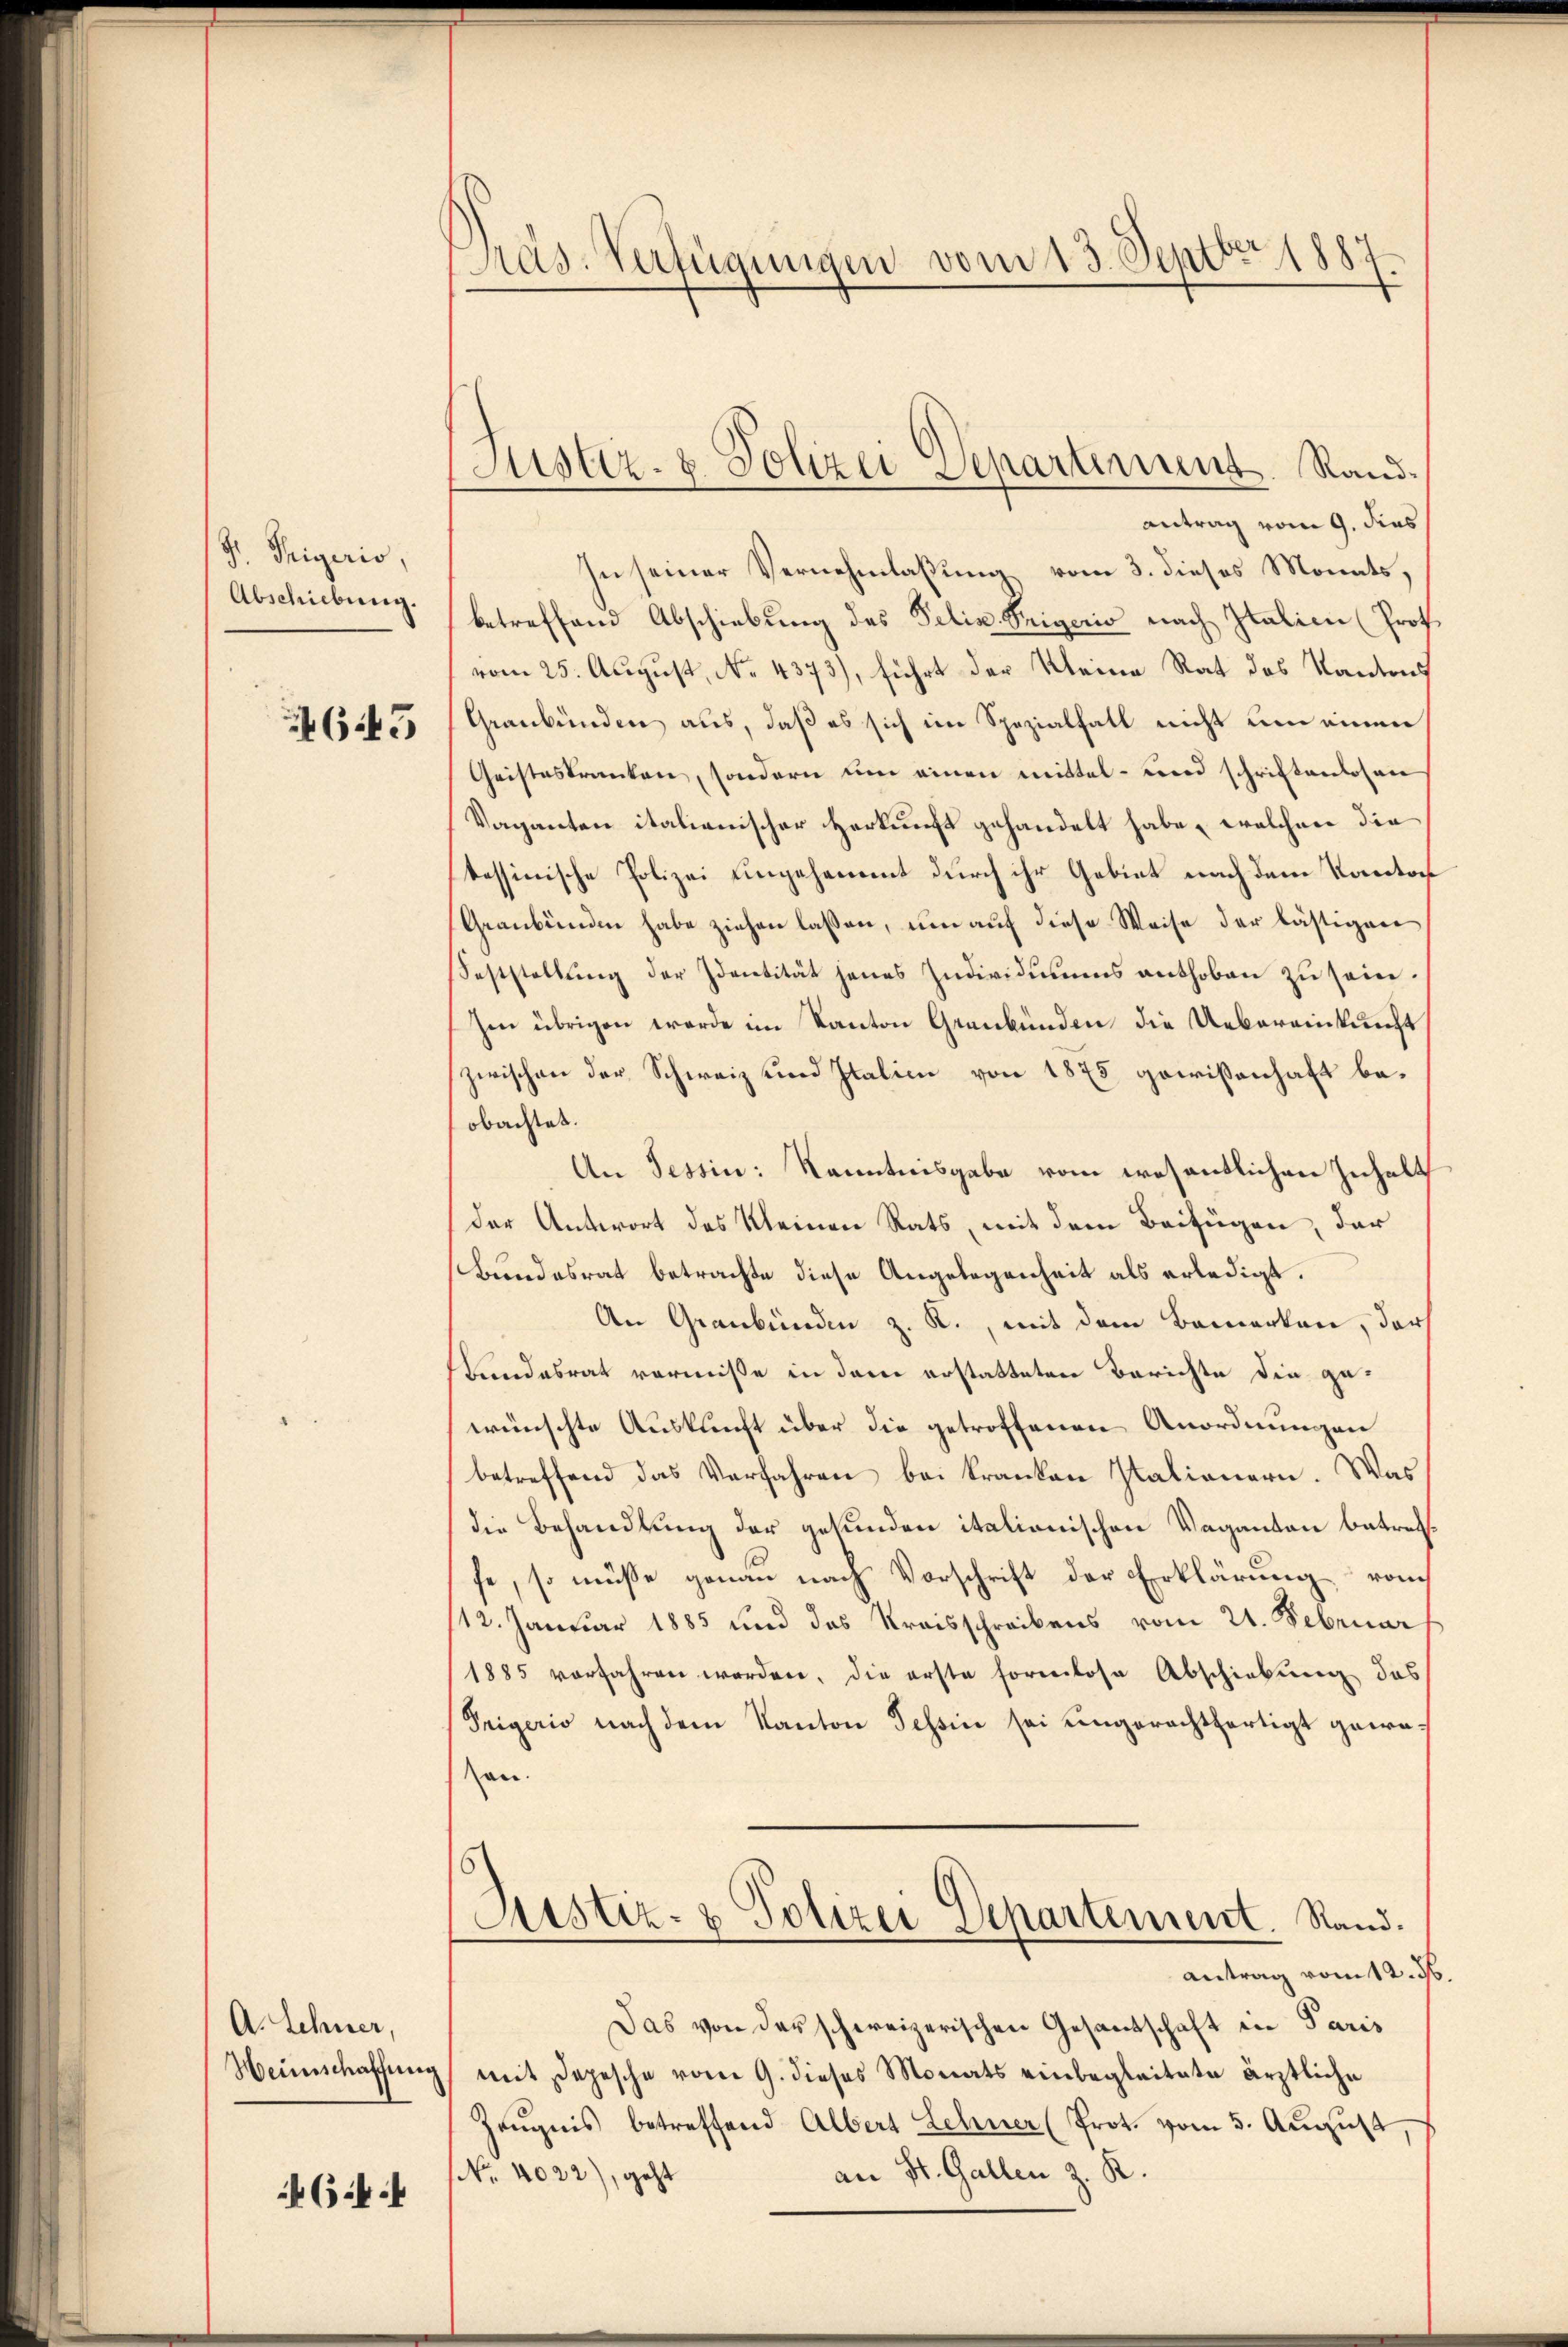
S. Trigerio,
Abschiebung.

645

A. Schner,
Weinschaffung

64

Präs. Verfügungen vom 13. Septbr. 1887.

Justiz- & Polizei Departiment. Rand¬

antrag vom 9. dies
In seiner Vernehmlassung vom 3. dieses Monats,
betreffend Abschiebung des Felix Teigeris nach Italien (Prof.
vom 25. August, No. 4373), führt der Kleine Rat des Kantons
Graubünden aus, daß es sich im Spezialfall nicht um einen
Geisteskranken, sondern um einen mittel- und schriftenlosen
Vaganten italienischer Herkunft gehandelt habe, welchen die
tessinische Polizei ungehemmt durch ihr Gebiet nach dem Kanton
Graubünden habe ziehen lassen, um auf diese Weise der lästigen
Feststellŭng der Identität jenes Individuums anthoben zu sein.
Im übrigen werde im Kanton Graubünden die Uebereinkunft
zwischen der Schweiz und Italien von 1875 gewissenhaft beobachtet.
An Tessin: Kenntnisgabe vom wesentlichen Inhalt
der Antwort des Kleinen Rats, mit dem Beifügen, der
Bundesrat betrachte diese Angelegenheit als erledigt.
An Graubünden z. R., mit dem Bemerken, darf
Landesrat vornisse in dem erstatteten Berichte die gewünschte Auskunft über die getroffenen Anordnungen
betreffend das Verfahren bei Kranken Italianern. Was
die Behandlung der gesunden italionischen Vaganten betreffe, so müsse genau nach Vorschrift der Erklärung vom
12. Januar 1885 und das Kreisschreibens vom 21. Februar
1885 vorfahren worden, die erste formlose Abschiebung das
Prigerio nach dem Kanton Tessin sei ungerechtfertigt gewean.
Sistiz- & Polizei Departement. Stand.
Antrag vom 12. 36
Das von der schweizerischen Gesantschaft in Paris
mit Depesche vom 9. dieses Monats einbegleitete ärztliche
Zeŭgnis betreffend Albert Lehner (Prot. vom 5. Aŭgŭst
an St. Gallen z. R.
No. 4022), geht